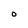
Character: O